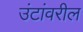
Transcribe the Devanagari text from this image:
उंटांवरील